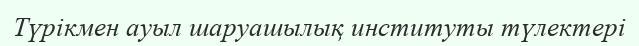
Түрікмен ауыл шаруашылық институты түлектері